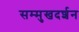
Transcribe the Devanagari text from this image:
सम्मुखदर्शन